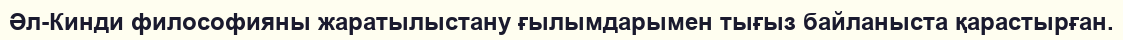
Әл-Кинди философияны жаратылыстану ғылымдарымен тығыз байланыста қарастырған.